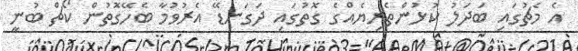
އެ މެޗުގައި ބަދަލު ކުޅުންތެރިޔެއްގެ ގޮތުގައި ދަގަނޑޭ އެރުވުމާ ބެހޭގޮތުން ކޯޗް ބުނީ